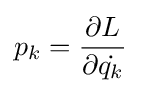
p_{k}={\frac {\partial L}{\partial {\dot {q_{k}}}}}